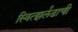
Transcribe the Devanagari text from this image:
स्वित्झर्लंडाची